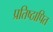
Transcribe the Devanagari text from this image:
प्रतिष्ठापित